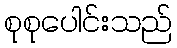
စုစုပေါင်းသည်